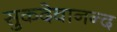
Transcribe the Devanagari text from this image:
सुकदेवानन्द